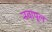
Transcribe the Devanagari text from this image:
नवापूल